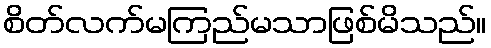
စိတ်လက်မကြည်မသာဖြစ်မိသည်။